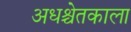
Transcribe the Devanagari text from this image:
अधश्चेतकाला